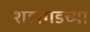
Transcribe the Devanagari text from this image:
शहागडच्या